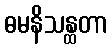
ဓမနိသန္ထတာ